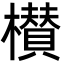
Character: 櫕